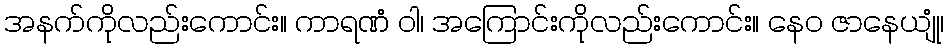
အနက်ကိုလည်းကောင်း။ ကာရဏံ ဝါ၊ အကြောင်းကိုလည်းကောင်း။ နေဝ ဇာနေယျုံ၊